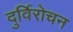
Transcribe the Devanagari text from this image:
दुर्विरोचन